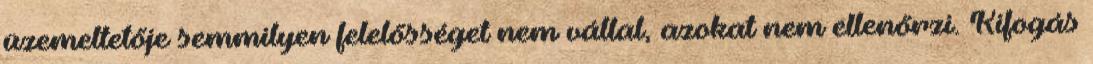
üzemeltetője semmilyen felelősséget nem vállal, azokat nem ellenőrzi. Kifogás